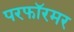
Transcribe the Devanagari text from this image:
परफॉरमर